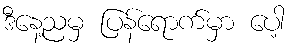
ဒီနေ့ညမှ ပြန်ရောက်မှာ ပေါ့